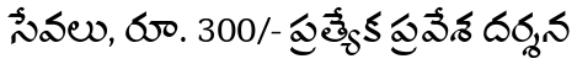
సేవలు, రూ. 300/- ప్రత్యేక ప్రవేశ దర్శన